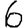
Digit: 6